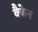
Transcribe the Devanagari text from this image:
वैकेन